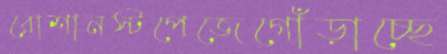
রোশানস্টপেজেগোঁড়াচ্ছে